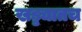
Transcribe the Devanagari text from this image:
खड्ड्यातच